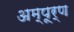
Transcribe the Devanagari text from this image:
अम्पूर्ण